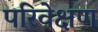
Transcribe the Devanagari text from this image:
परिवेक्षण